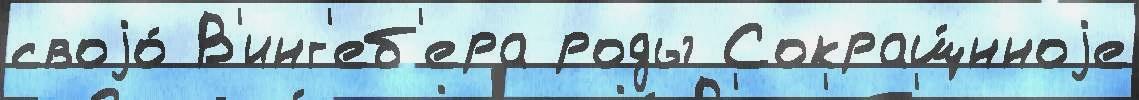
своjо́ В'инг'еб'ера роды Сокращ́нноjе